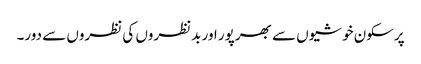
پرسکون خوشیوں سے بھرپور اور بدنظروں کی نظروں سے دور۔